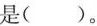
是()。